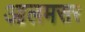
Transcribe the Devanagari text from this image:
आलमसर